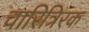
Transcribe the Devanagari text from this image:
चारित्रिरक